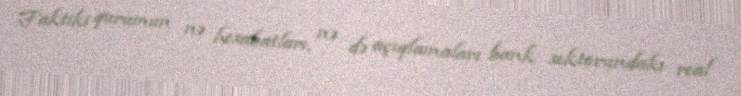
Faktiki qurumun nə hesabatları, nə də açıqlamaları bank sektorundakı real